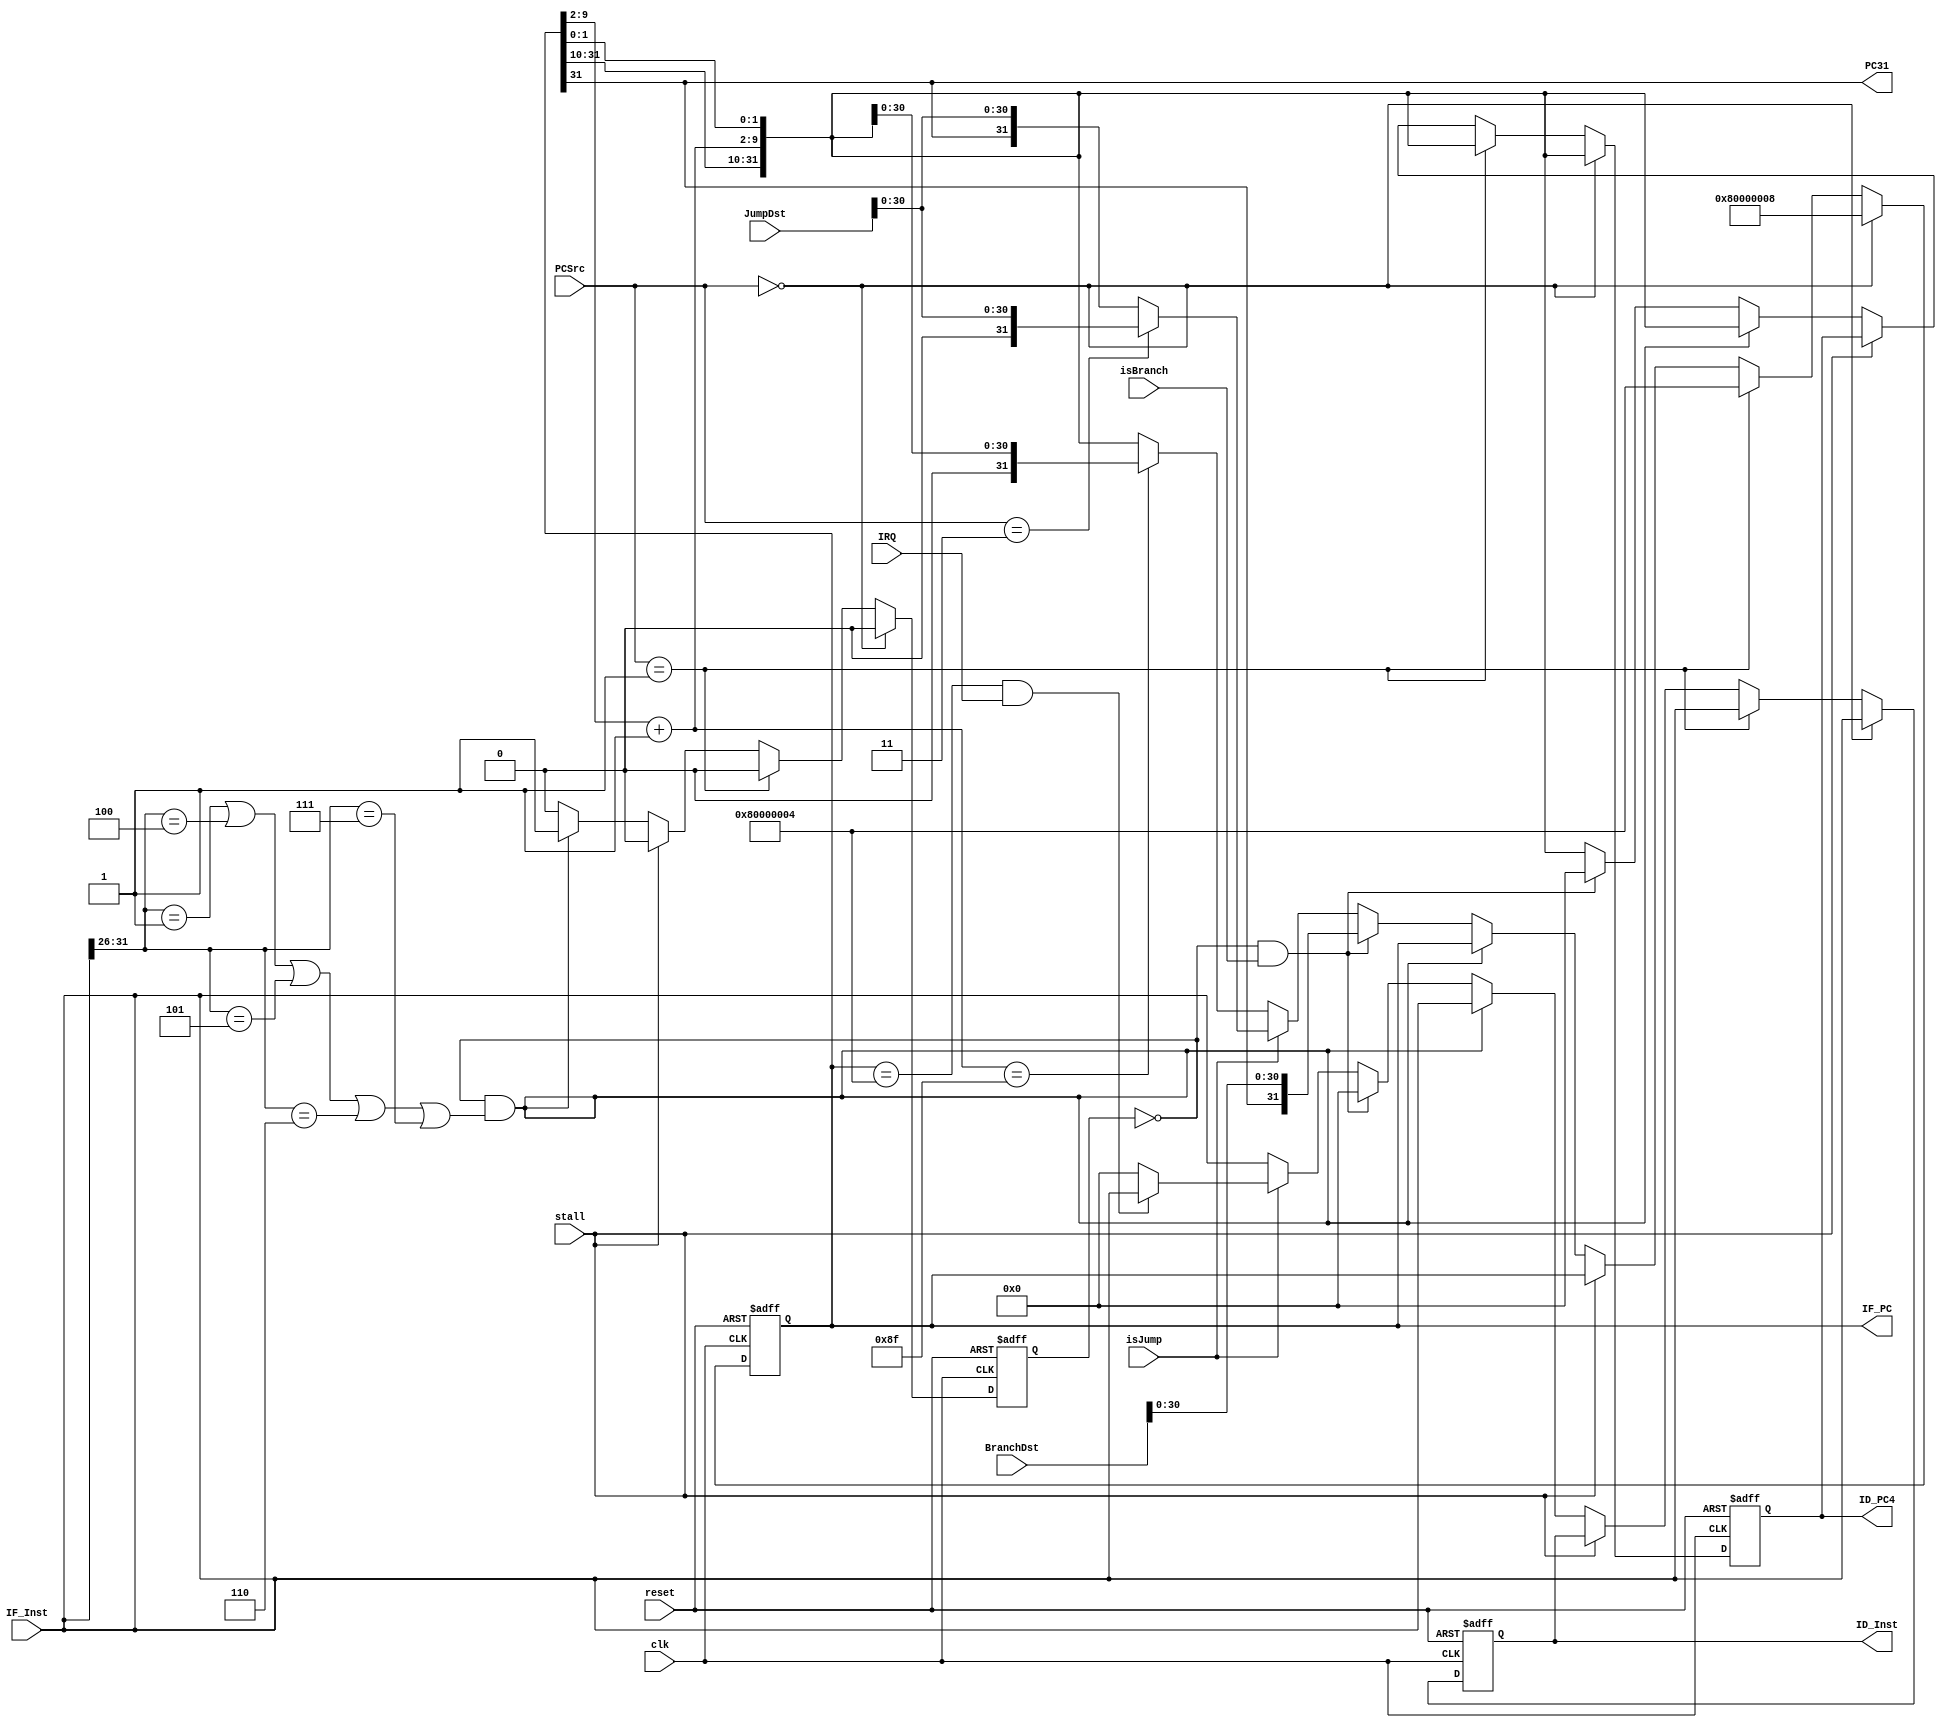
`timescale 1ns / 1ps
//////////////////////////////////////////////////////////////////////////////////
// Company: 
// Engineer: 
// 
// Design Name: 
// Module Name: PCIFID
// Project Name: 
// Target Devices: 
// Tool Versions: 
// Description: 
// PC and IF/ID 
// Dependencies: 
// 
// Revision:
// Revision 0.01 - File Created
// Additional Comments:
// 
//////////////////////////////////////////////////////////////////////////////////


module PCIFID(reset,clk,IRQ,stall,JumpDst,BranchDst,isBranch,isJump,PC31,PCSrc,IF_Inst,ID_Inst,ID_PC4,IF_PC);
input reset,clk,IRQ,stall,isBranch,isJump;
input [31:0] JumpDst,BranchDst,IF_Inst;
input [2:0] PCSrc;


(* DONT_TOUCH= "TRUE" *) output reg [31:0] ID_Inst;
 output reg [31:0] ID_PC4;
 output wire [31:0] IF_PC;
 output wire PC31;


wire [7:0] IF_Inst_Addr;
reg flag;
reg [31:0] PC;
wire [31:0] PC_4;
wire [6:0] PC_Ctrl;
wire firstBranch;

assign PC_4 = {PC[31:10], PC[9:2] + 8'd1,PC[1:0]};
assign PC31 = PC[31];
assign IF_PC = PC;
assign firstBranch = (IF_Inst[31:26]==6'h01 || IF_Inst[31:26]==6'h04 || IF_Inst[31:26]==6'h05
       ||IF_Inst[31:26]==6'h06 ||IF_Inst[31:26]==6'h07);   

/*assign PC_Ctrl = (PCSrc == 3'b000) ? 3'b000 :
        (PCSrc == 3'b001) ? 3'b001 :
        stall ? 3'b010 :
        (~flag && firstBranch) ? 3'b011 :
        (~flag && isBranch) ? 3'b100 :
        (isJump && PC == 32'h80000004 && IRQ) ? 3'b101 :
        (isJump && ~(PC == 32'h80000004 && IRQ)) ? 3'b110 :
        3'b111;

always @(posedge reset or posedge clk) begin
    if(reset) begin
        ID_Inst <= {6'h02,26'd3};
    end
    else begin
        case (PC_Ctrl)
            3'b000: ID_Inst <= IF_Inst;
            3'b001: ID_Inst <= IF_Inst;
            3'b010: ;
            3'b011: ID_Inst <= IF_Inst;
            3'b100: ID_Inst <= 32'b0;
            3'b101: ID_Inst <= IF_Inst;
            3'b110: ID_Inst <= 32'b0;
            3'b111: ID_Inst <= IF_Inst;
        endcase
    end
end

always @(posedge reset or posedge clk) begin
    if(reset) begin
        ID_PC4 <= 32'h00000008;
    end
    else begin
        case (PC_Ctrl)
            3'b000: ID_PC4 <= PC_4;
            3'b001: ID_PC4 <= PC_4;
            3'b010: ;
            3'b011: ID_PC4 <= PC_4;
            3'b100: ID_PC4 <= 32'b0;
            3'b101: ID_PC4 <= PC_4;
            3'b110: ID_PC4 <= PC_4; 
            3'b111: ID_PC4 <= PC_4;
        endcase
    end
end

always @(posedge reset or posedge clk) begin
    if(reset) begin
        PC <= 32'h00000004;
    end
    else begin
        case (PC_Ctrl)
            3'b000: PC <= 32'h80000008;
            3'b001: PC <= 32'h80000004;
            3'b010: ;
            3'b011: ;
            3'b100: PC <= {PC[31],BranchDst[30:0]};
            3'b101: begin
                if(PCSrc == 3'b011) begin
                    PC <= {1'b0,JumpDst[30:0]};
                end 
                else begin
                    PC <= {PC[31], JumpDst[30:0]};
                end
            end
            3'b110: begin
                if(PCSrc == 3'b011) begin
                    PC <= {1'b0,JumpDst[30:0]};
                end 
                else begin
                    PC <= {PC[31], JumpDst[30:0]};
                end
            end
            3'b111: begin
                if(PC_4[9:2]==8'd143) begin
                    PC <= {1'b0,PC_4[30:0]};
                end
                else begin
                    PC <= PC_4;
                end
            end
        endcase
    end
end

always @(posedge reset or posedge clk) begin
    if(reset) begin
        flag <= 1'b0;
    end
    else begin
        case (PC_Ctrl)
            3'b011: flag <= 1'b1;
            default: flag <= 1'b0;
        endcase
    end
end
*/

always @(posedge reset or posedge clk) begin
    if(reset) begin
        ID_Inst <= {6'h02,26'd3};
        ID_PC4 <= 32'h00000008;
        PC <= 32'h00000004;
        flag <= 1'b0;
    end
    else if (PCSrc == 3'b000) begin

        ID_Inst <= IF_Inst;
        ID_PC4 <= PC_4;
        PC <= 32'h80000008; // Exception
        flag <= 1'b0;
    end
    else if (PCSrc == 3'b001) begin

        ID_Inst <= IF_Inst;
        ID_PC4 <= PC_4;
        PC <= 32'h80000004;
        flag <= 1'b0; // Interrupt 
    end
    else if (stall)
        flag <= 1'b0;
    else if (~flag && firstBranch) begin // IFbeq beqPC

        ID_Inst <= IF_Inst;
        ID_PC4 <= PC_4;
        flag <= 1'b1;   
    end
    else if (~flag && isBranch) begin // beq stall 

        ID_Inst <= 32'b0;
        ID_PC4 <= 32'b0;
        PC <= {PC[31],BranchDst[30:0]};
        flag <= 1'b0;
    end
    else if (isJump) begin
        flag <= 1'b0;
	  	if(PC == 32'h80000004 && IRQ) begin
            ID_Inst <= IF_Inst; // jumpinterruptstall
            ID_PC4 <= PC_4;
            if(PCSrc == 3'b011) begin
                PC <= {1'b0,JumpDst[30:0]};
            end 
            else begin
                PC <= {PC[31], JumpDst[30:0]};
            end
		end
        else 
        begin
            ID_Inst <= 32'b0;
            ID_PC4 <= PC_4; // jal,jalrWBPC+4
            if (PCSrc == 3'b011) begin
                PC <= {1'b0,JumpDst[30:0]}; // jalr,jrPC31
            end
            else begin
                PC <= {PC[31], JumpDst[30:0]};
            end
        end
    end
    else begin

        ID_Inst <= IF_Inst; // 
        ID_PC4 <= PC_4;
        PC[30:0] <= PC_4[30:0];
        if(PC_4[9:2]==8'd143) begin
            PC <= {1'b0,PC_4[30:0]};
        end
        else begin
            PC <= PC_4;
        end
        flag <= 1'b0;
    end
end

/*
assign PC_Ctrl = {PCSrc,stall,flag,firstBranch,isBranch};
always @(posedge reset or posedge clk) begin
    if(reset) begin
        ID_Inst <= {6'h02,26'd3};
        ID_PC4 <= 32'h00000008;
        PC <= 32'h00000004;
        flag <= 1'b0;
    end
    else begin
    case (PC_Ctrl)
        7'b0100000 : begin
            flag <= 1'b0;
            if(PC == 32'h80000004 && IRQ) begin 
                ID_Inst <= IF_Inst; // jumpinterruptstall
                ID_PC4 <= PC_4;
                PC <= {PC[31], JumpDst[30:0]};
            end
            else 
            begin
                ID_Inst <= 32'b0;
                ID_PC4 <= PC_4; // jal,jalrWBPC+4
                PC <= {PC[31], JumpDst[30:0]};
            end
        end
        7'b0110000 : begin
            flag <= 1'b0;
            if(PC == 32'h80000004 && IRQ) begin
                ID_Inst <= IF_Inst; // jumpinterruptstall
                ID_PC4 <= PC_4;
                PC <= {1'b0,JumpDst[30:0]};
            end
            else 
            begin
                ID_Inst <= 32'b0;
                ID_PC4 <= PC_4; // jal,jalrWBPC+4
                PC <= {1'b0,JumpDst[30:0]};
            end
        end
        7'b0000000 : begin
            ID_Inst <= IF_Inst;
            ID_PC4 <= PC_4;
            PC <= 32'h80000008; // Exception
            flag <= 1'b0;            
        end
        7'b0010000 : begin
            ID_Inst <= IF_Inst;
            ID_PC4 <= PC_4;
            PC <= 32'h80000004;
            flag <= 1'b0; // Interrupt 
        end

        7'b1001010 : begin
            flag <= 1'b0;
        end
        7'b1001000 : begin
            flag <= 1'b0;
        end
        7'b1000010 : begin
            ID_Inst <= IF_Inst;
            ID_PC4 <= PC_4;
            flag <= 1'b1; 
        end
        7'b1000001 : begin
            ID_Inst <= 32'b0;
            ID_PC4 <= 32'b0;
            PC <= {PC[31],BranchDst[30:0]};
            flag <= 1'b0;
        end
        default : begin
            ID_Inst <= IF_Inst; // 
            ID_PC4 <= PC_4;
            PC[30:0] <= PC_4[30:0];
            if(PC_4[9:2]==8'd143) begin
                PC <= {1'b0,PC_4[30:0]};
            end
            else begin
                PC <= PC_4;
            end
            flag <= 1'b0;
    end
    endcase
    end
end
*/    

endmodule